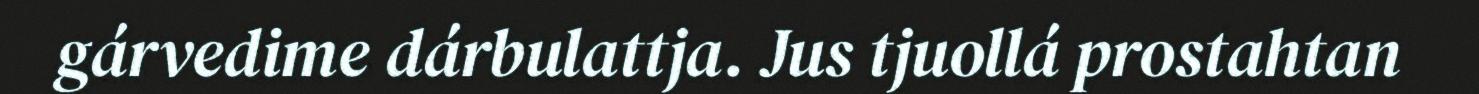
gárvedime dárbulattja. Jus tjuollá prostahtan